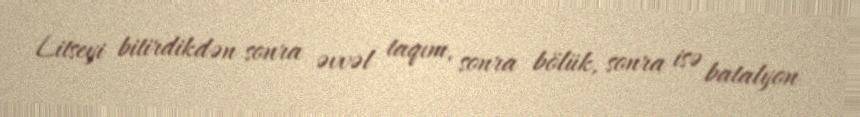
Litseyi bitirdikdən sonra əvvəl taqım, sonra bölük, sonra isə batalyon